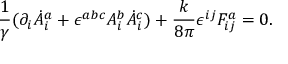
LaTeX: \frac { 1 } { \gamma } ( \partial _ { i } \dot { A } _ { i } ^ { a } + \epsilon ^ { a b c } A _ { i } ^ { b } \dot { A } _ { i } ^ { c } ) + \frac { k } { 8 \pi } \epsilon ^ { i j } F _ { i j } ^ { a } = 0 .